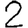
Digit: 2